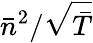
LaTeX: \bar{n}^{2}/\sqrt{\bar{T}}